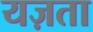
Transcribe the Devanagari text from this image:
यज़ता